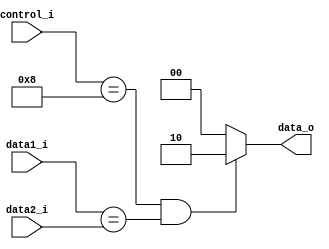
module Decide_Branch
(
	control_i,
	data1_i,
	data2_i,
	data_o
);

input	[ 3:0]		control_i;
input	[31:0]		data1_i;
input	[31:0]		data2_i;
output	[ 1:0]		data_o;

assign	data_o		= ((control_i == {4'b1000}) && (data1_i == data2_i)) ? {2'b10}:				// same, branch
					  {2'b00};									// diff, not branch

endmodule